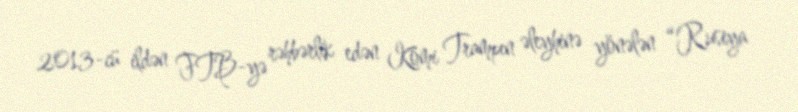
2013-cü ildən FTB-yə rəhbərlik edən Komi Trampın əleyhinə yönələn “Rusiya